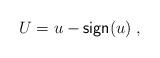
LaTeX: \begin{align*}U= u -{\sf sign}( u )\;,\end{align*}